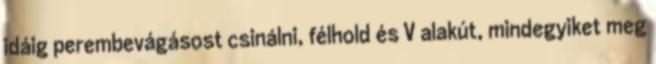
idáig perembevágásost csinálni, félhold és V alakút, mindegyiket meg